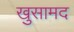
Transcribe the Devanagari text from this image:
खुसामद